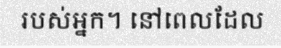
របស់អ្នក។ នៅពេលដែល